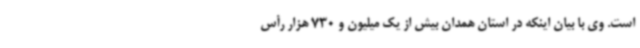
است. وی با بیان اینکه در استان همدان بیش از یک میلیون و 730 هزار رأس